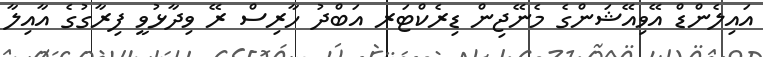
އައިލެންޑް އޭވިއޭޝަންގެ މެނޭޖިން ޑިރެކްޓަރ އަބްދު ހާރިސް ރޭ ވިދާޅުވީ ފިރާގުގެ އާއިލާ